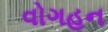
વોગહન